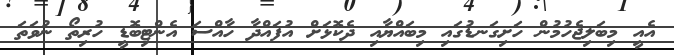
އެއީ މިބަލިޖެހުމުން ހަށިގަނޑުގައި މިބައްޔާއި ދެކޮޅަށް އުފައްދާ ހާއްސަ އެންޓިބޮޑީ ހުރިތޯ ނުވަތަ